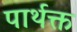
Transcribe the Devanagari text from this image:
पार्थक्त